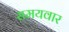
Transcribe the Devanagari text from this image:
समयवार